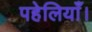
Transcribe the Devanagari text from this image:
पहेलियाँ।